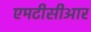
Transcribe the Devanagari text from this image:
एमटीसीआर